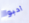
أحبوا